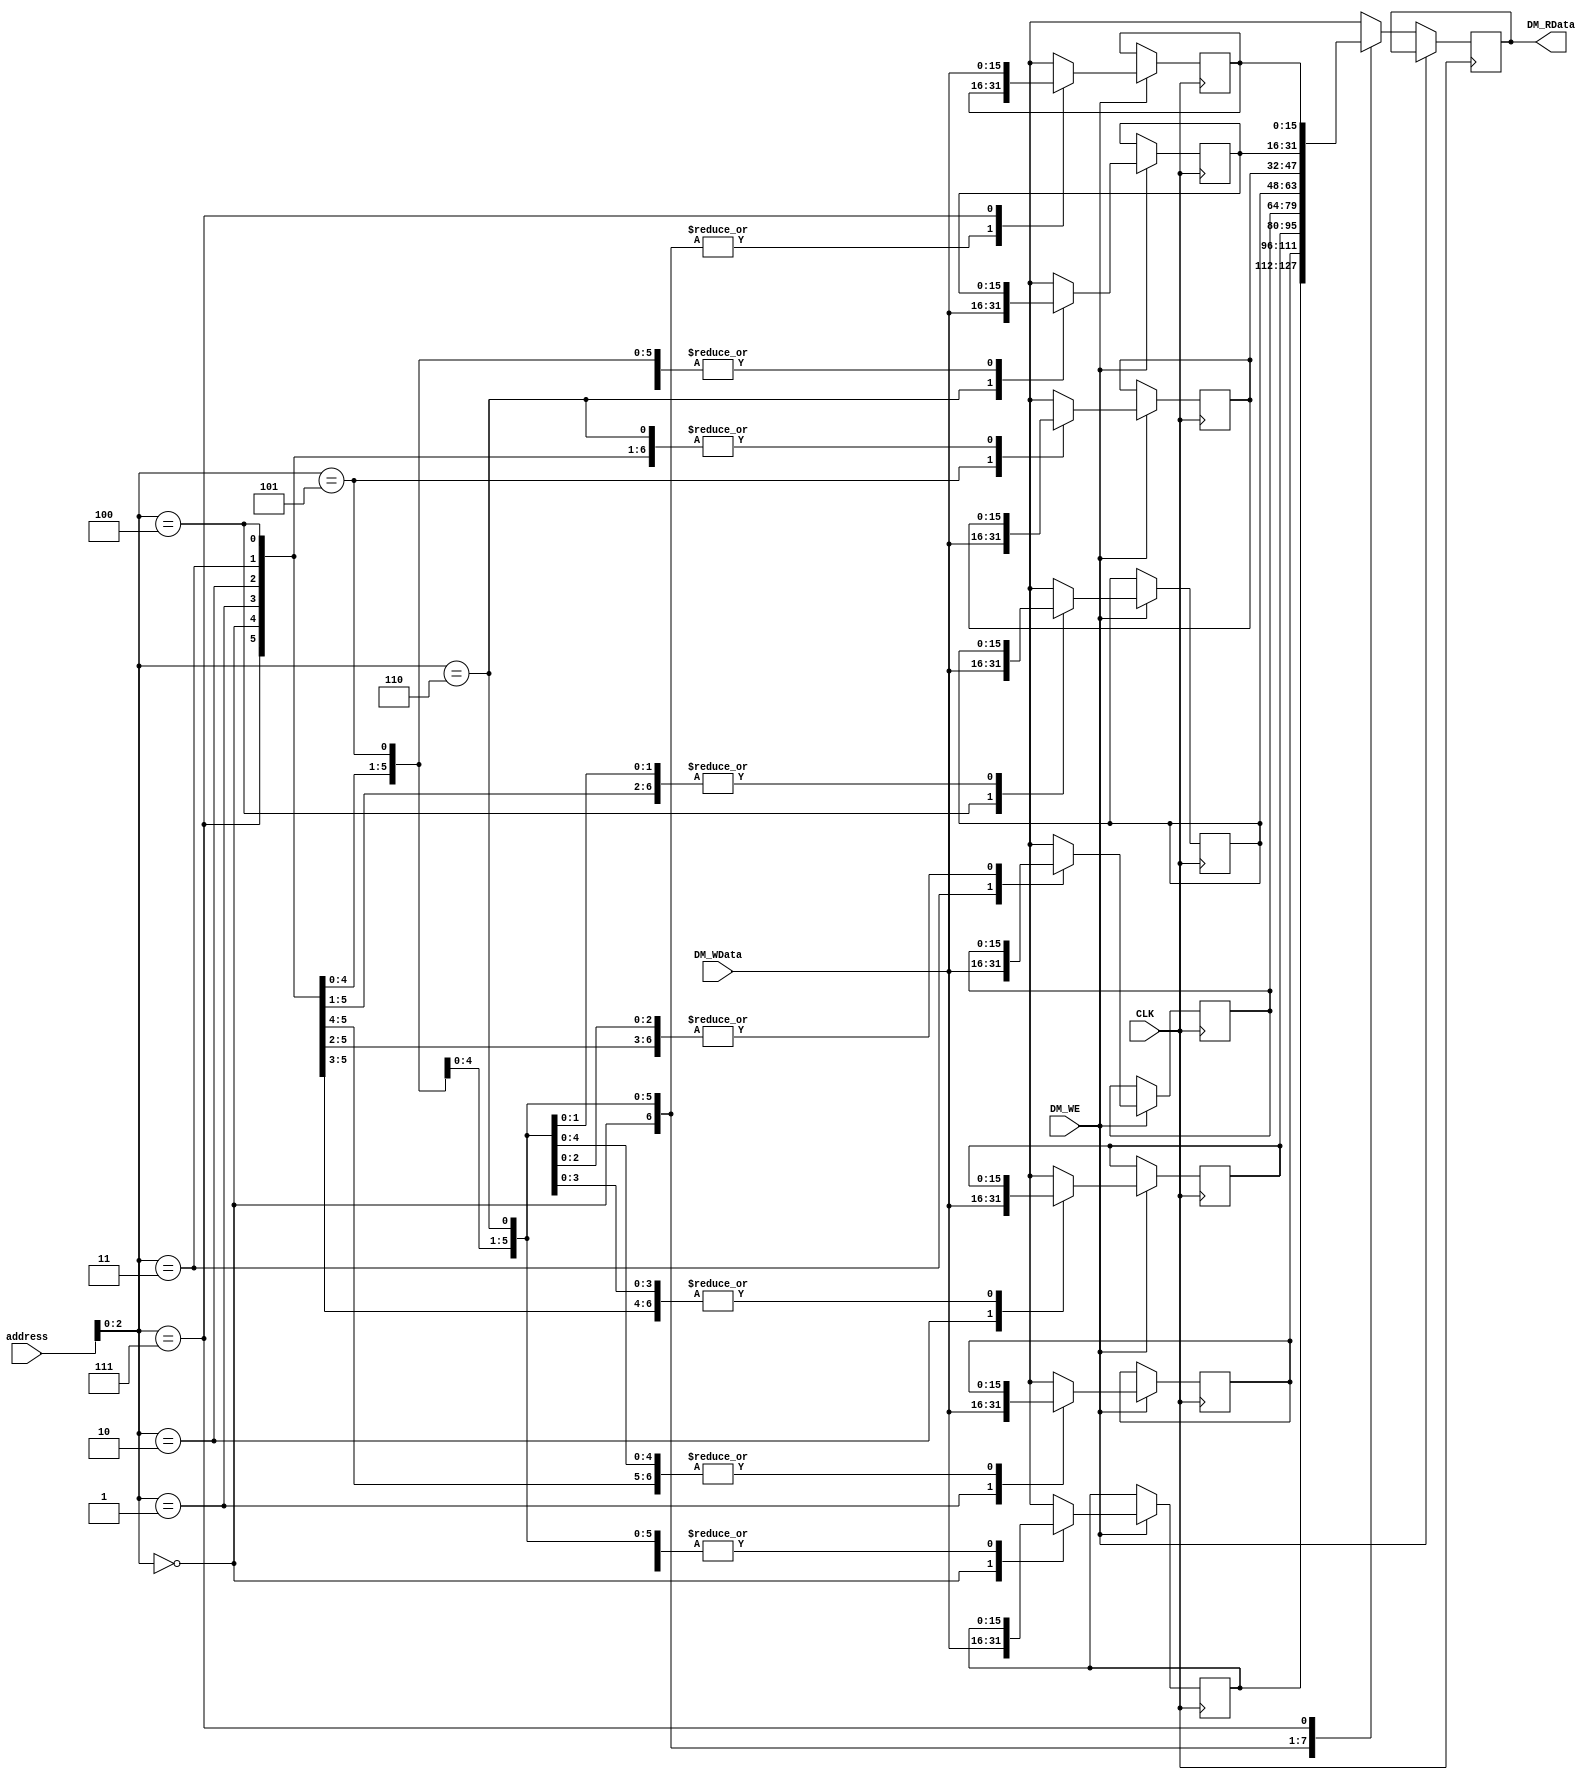
`timescale 1ns / 1ps

module DM(CLK, address, DM_WE, DM_RData, DM_WData );

	input CLK ;
	input [15:0] address;
	input DM_WE;
	input [15:0] DM_WData;
	output [15:0] DM_RData;
	reg signed [15:0] DataMemory [0:7];

	reg [15:0]DM_RData;
	
	
	
	always@(negedge CLK)begin
		if(DM_WE)
			DataMemory[address[2:0]]=DM_WData;
		else
			DM_RData=DataMemory[address[2:0]];
	
	
	end
	
endmodule